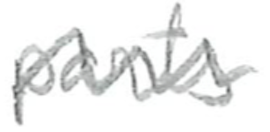
Text: parts
Cross-out: wave
Writing tool: pencil